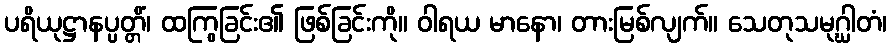
ပရိယုဋ္ဌာနပ္ပတ္တိံ၊ ထကြွခြင်း၏ ဖြစ်ခြင်းကို။ ဝါရယ မာနော၊ တားမြစ်လျက်။ သေတုသမုဂ္ဃါတံ၊